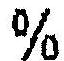
%